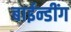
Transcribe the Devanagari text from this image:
बाईन्डींग